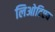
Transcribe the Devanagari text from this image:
लिओटिएव